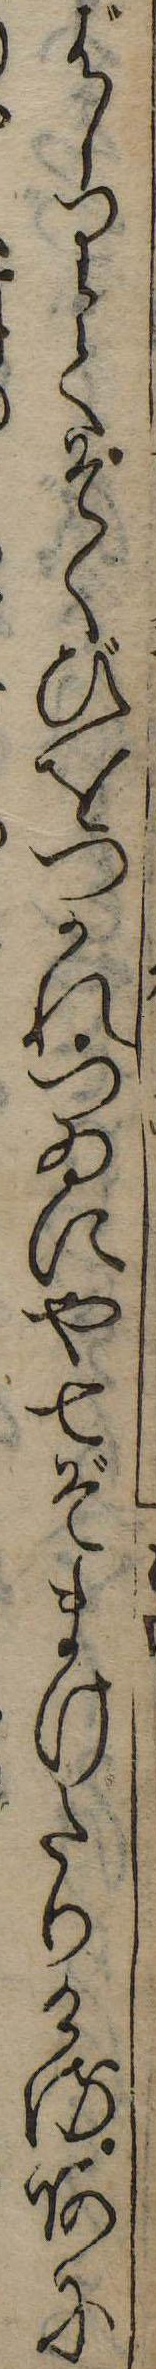
ばしりてそくびをつかれつゐにや七ぞまけたりけるあに